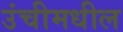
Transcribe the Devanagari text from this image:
उंचीमधील